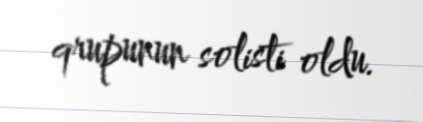
qrupunun solisti oldu.